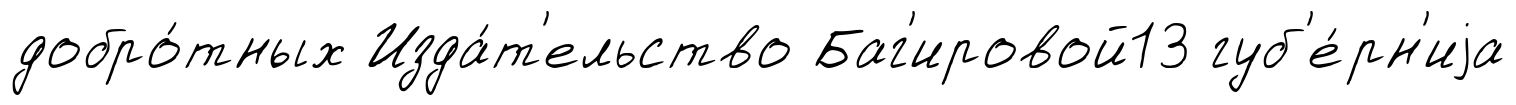
добро́тных Изда́т'ельство Баг'ировой13 губ'е́рн'иjа